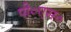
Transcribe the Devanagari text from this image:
पी०एस०